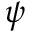
\psi